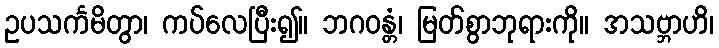
ဥပသင်္ကမိတွာ၊ ကပ်လေပြီး၍။ ဘဂဝန္တံ၊ မြတ်စွာဘုရားကို။ အသဗ္ဘာဟိ၊